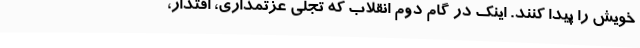
خویش را پیدا کنند. اینک در گام دوم انقلاب که تجلی عزتمداری، اقتدار،